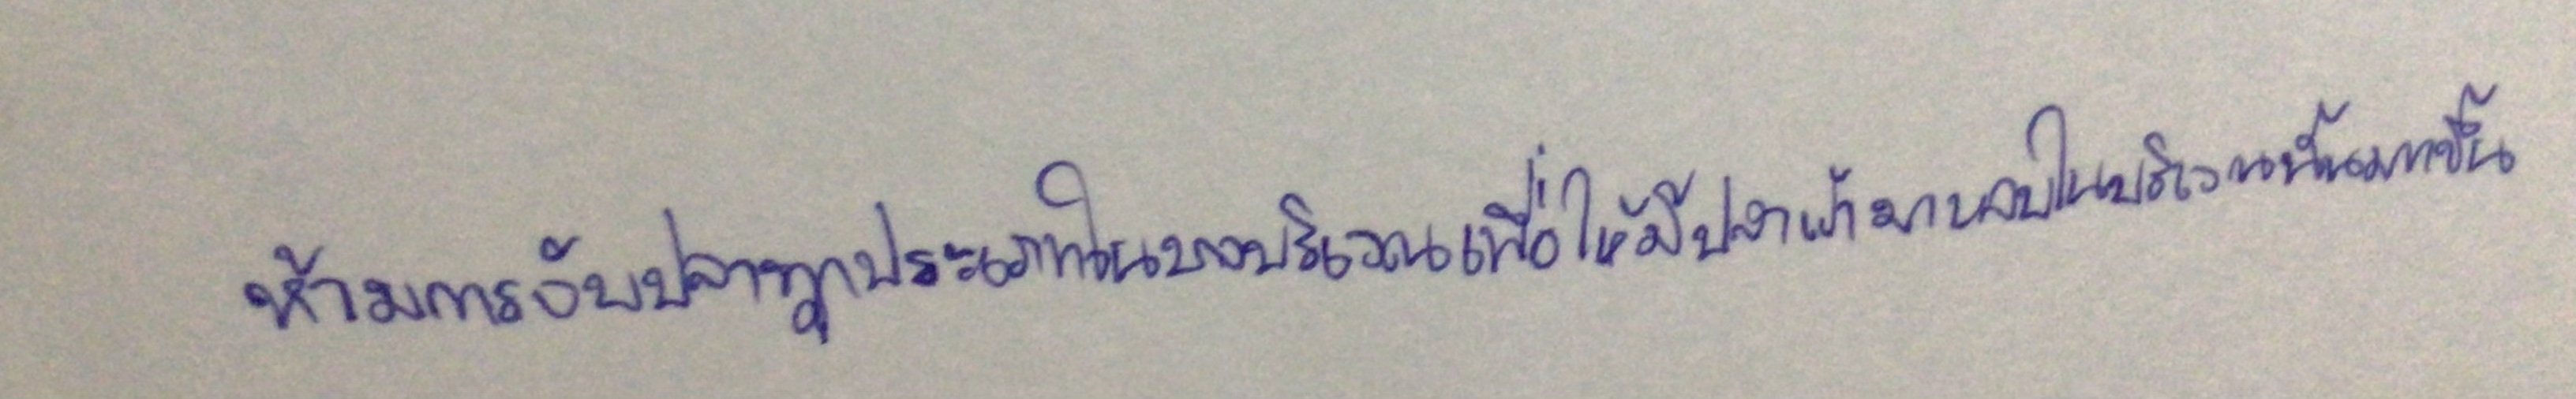
ห้ามการจับปลาทุกประเภทในบางบริเวณเพื่อให้มีปลาเข้ามาหลบในบริเวณนั้นมากขึ้น